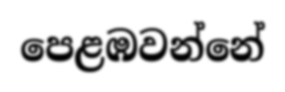
පෙළඹවන්නේ